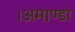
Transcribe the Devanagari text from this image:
।अमाण्डा